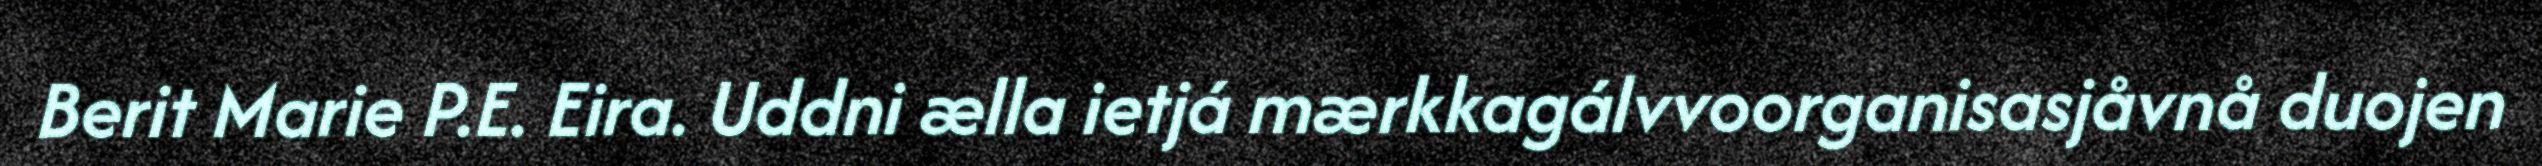
Berit Marie P.E. Eira. Uddni ælla ietjá mærkkagálvvoorganisasjåvnå duojen